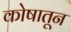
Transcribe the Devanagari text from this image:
कोषातून